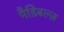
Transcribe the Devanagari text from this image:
मैडिबल्ज़